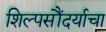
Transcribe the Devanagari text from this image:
शिल्पसौंदर्याचा